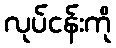
လုပ်ငန်းကို